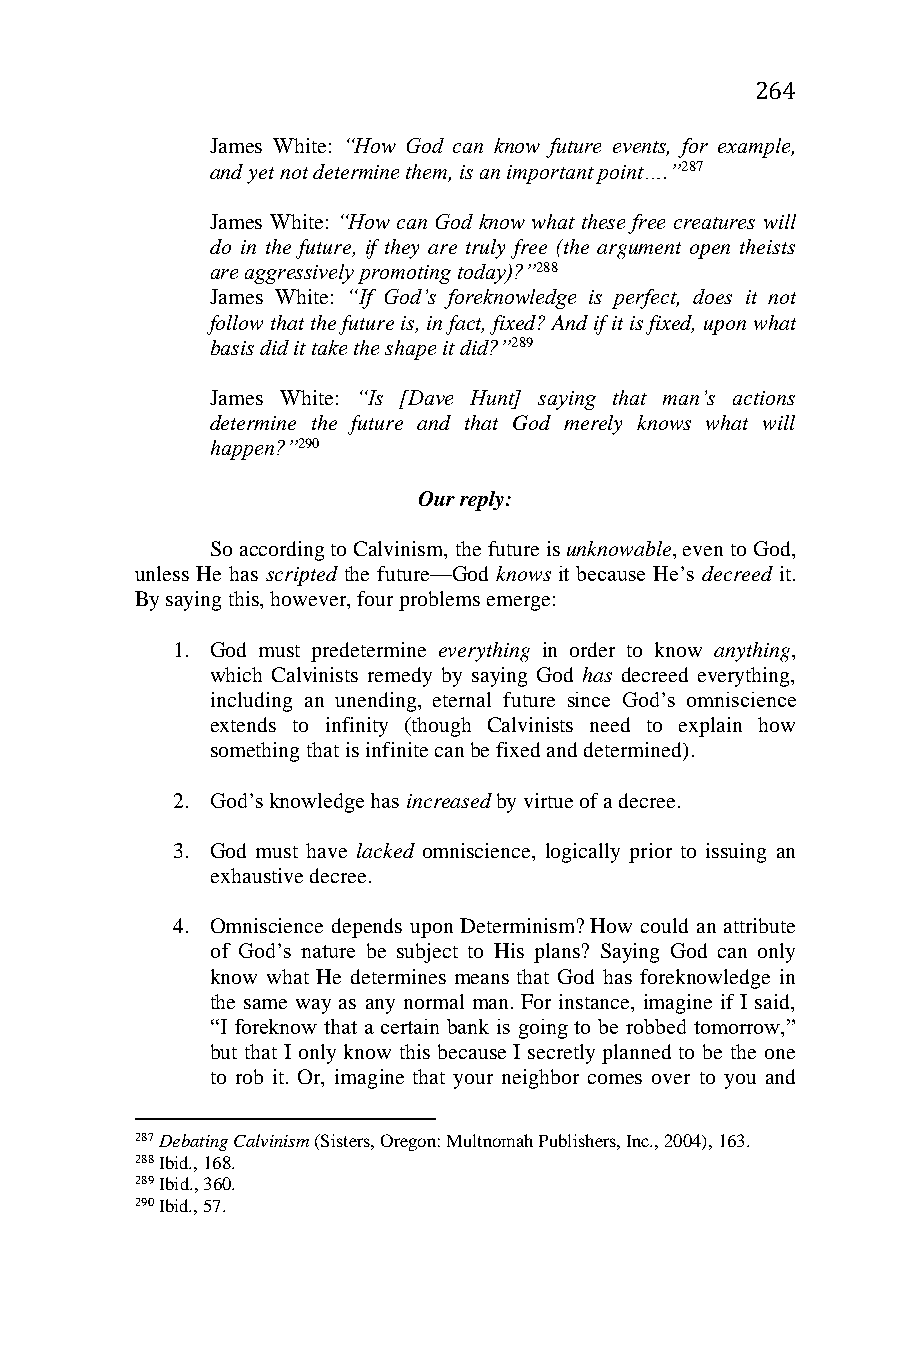
264
 James White: “How God can know future events, for example,
 and yet not determine them, is an important point….”287
 James White: “How can God know what these free creatures will
 do in the future, if they are truly free (the argument open theists
 are aggressively promoting today)?”288
 James White: “If God’s foreknowledge is perfect, does it not
 follow that the future is, in fact, fixed? And if it is fixed, upon what
 basis did it take the shape it did?”289
 James White: “Is [Dave Hunt] saying that man’s actions
 determine the future and that God merely knows what will
 happen?”290
 Our reply:
 So according to Calvinism, the future is unknowable, even to God,
 unless He has scripted the future—God knows it because He’s decreed it.
 By saying this, however, four problems emerge:
 1. God must predetermine everything in order to know anything,
 which Calvinists remedy by saying God has decreed everything,
 including an unending, eternal future since God’s omniscience
 extends to infinity (though Calvinists need to explain how
 something that is infinite can be fixed and determined).
 2. God’s knowledge has increased by virtue of a decree.
 3. God must have lacked omniscience, logically prior to issuing an
 exhaustive decree.
 4. Omniscience depends upon Determinism? How could an attribute
 of God’s nature be subject to His plans? Saying God can only
 know what He determines means that God has foreknowledge in
 the same way as any normal man. For instance, imagine if I said,
 “I foreknow that a certain bank is going to be robbed tomorrow,”
 but that I only know this because I secretly planned to be the one
 to rob it. Or, imagine that your neighbor comes over to you and
 287 Debating Calvinism (Sisters, Oregon: Multnomah Publishers, Inc., 2004), 163.
 288 Ibid., 168.
 289 Ibid., 360.
 290 Ibid., 57.